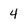
Character: 4